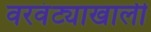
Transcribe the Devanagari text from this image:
वरवंट्याखाली